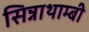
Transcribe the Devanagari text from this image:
सिन्नाथाम्बी